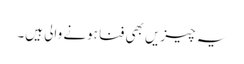
یہ چیزیں بھی فنا ہونے والی ہیں۔